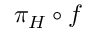
\pi _ { H } \circ f